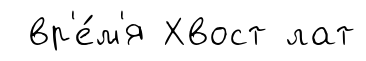
вр'е́м'я Хвост лат